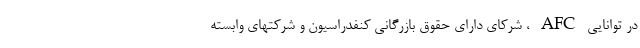
در توانایی AFC ، شرکای دارای حقوق بازرگانی کنفدراسیون و شرکتهای وابسته